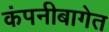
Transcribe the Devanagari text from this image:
कंपनीबागेत